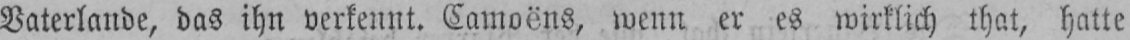
Vaterlande, das ihn verkennt. Camoëns, wenn er es wirklich that, hatte